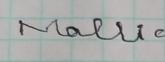
Signature authenticity: forged